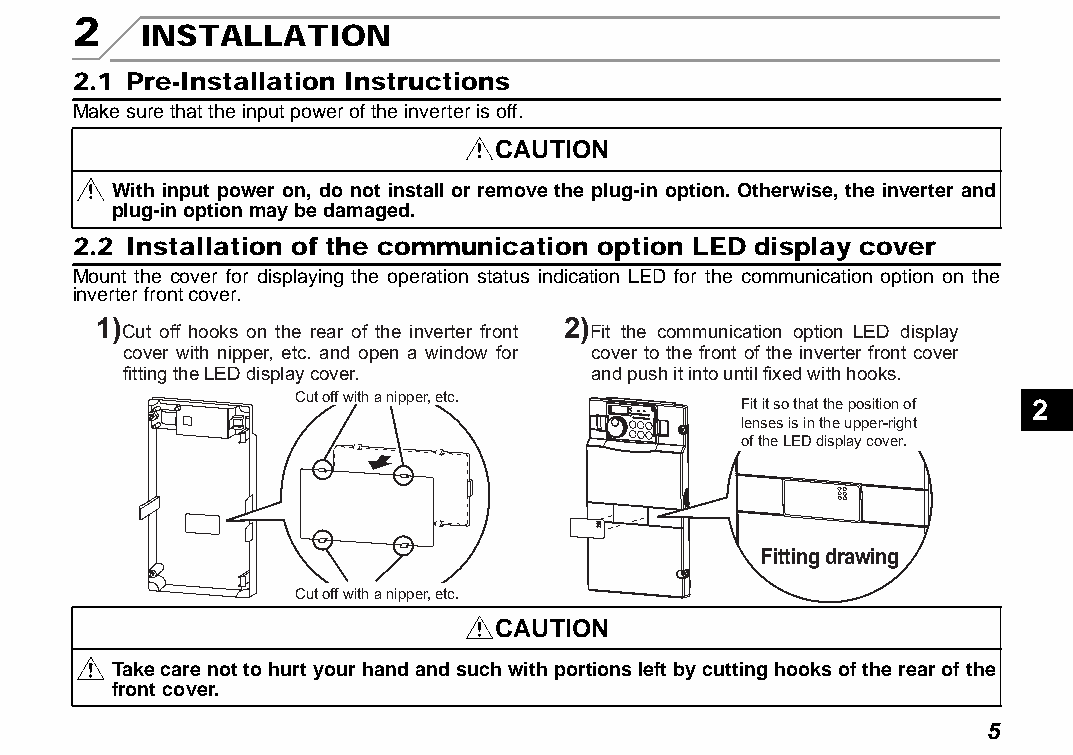
2
 INSTALLATION
 2.1 Pre-Installation Instructions
 Make sure that the input power of the inverter is off.
 CAUTION
 With input power on, do not install or remove the plug-in option. Otherwise, the inverter and
 plug-in option may be damaged.
 2.2 Installation of the communication option LED display cover
 Mount the cover for displaying the operation status indication LED for the communication option on the
 inverter front cover.
 1)                             2)
 Cut off hooks on the rear of the inverter front Fit the communication option LED display
 cover with nipper, etc. and open a window for cover to the front of the inverter front cover
 fitting the LED display cover. and push it into until fixed with hooks.
 Cut off with a nipper, etc.
 Fit it so that the position of 2
 lenses is in the upper-right
 of the LED display cover.
 Fitting drawing
 Cut off with a nipper, etc.
 CAUTION
 Take care not to hurt your hand and such with portions left by cutting hooks of the rear of the
 front cover.
 5